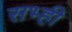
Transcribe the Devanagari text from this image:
सभ्ही